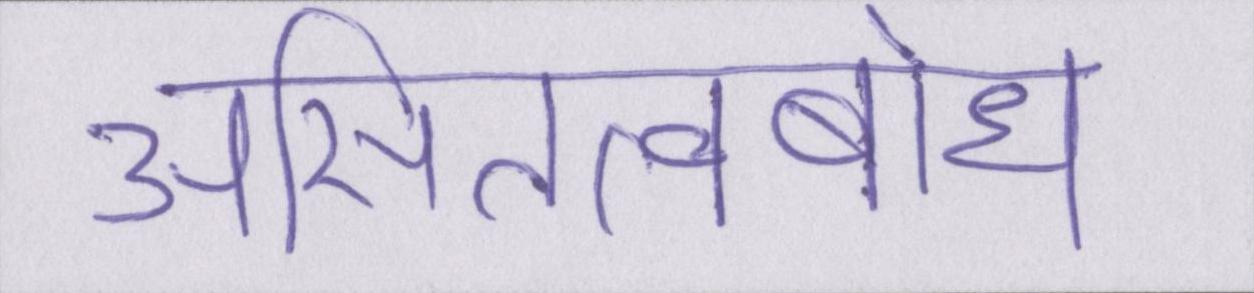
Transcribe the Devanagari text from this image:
असितत्वबोध